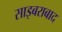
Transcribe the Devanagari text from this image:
साइबराबाद